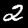
Digit: 2